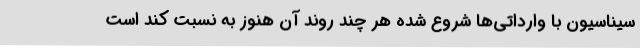
سیناسیون با وارداتی‌ها شروع شده هر چند روند آن هنوز به نسبت کُند است